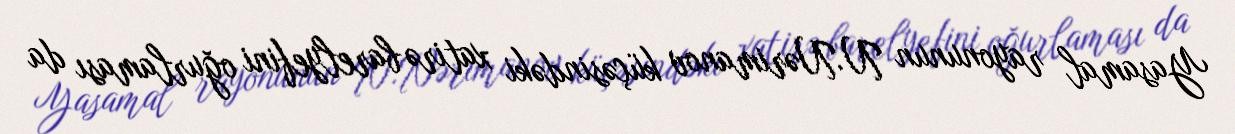
Yasamal rayonunun N.Nərimanov küçəsindəki xatirə barelyefini oğurlaması da